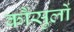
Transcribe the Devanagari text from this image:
कौंसुलों